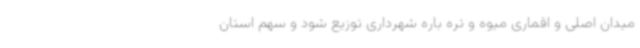
میدان اصلی و اقماری میوه و تره باره شهرداری توزیع شود و سهم استان